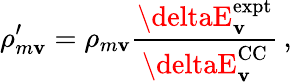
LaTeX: \rho_{m\mathbf{v}}^{\prime}=\rho_{m\mathbf{v}}\frac{{\deltaE_{\mathbf{v}}^{\mathrm{{expt}}}}}{{\deltaE_{\mathbf{v}}^{\mathrm{{CC}}}}}\, ,